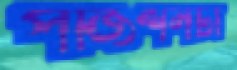
পজিশনটা